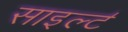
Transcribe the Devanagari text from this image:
साइल्ट॑